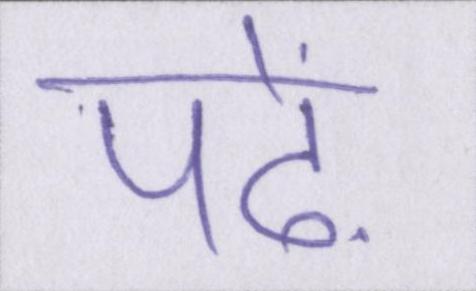
पढ़ें